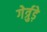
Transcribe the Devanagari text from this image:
गेर्त्रुड़े